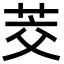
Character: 茭